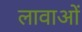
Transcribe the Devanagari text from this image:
लावाओं